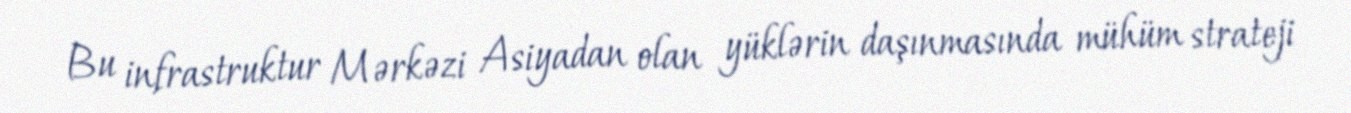
Bu infrastruktur Mərkəzi Asiyadan olan yüklərin daşınmasında mühüm strateji